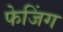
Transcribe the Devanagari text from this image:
फेजिंग